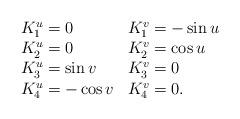
LaTeX: \begin{align*}\begin{array}{l l }K_{1}^{u}= 0 &K_{1}^{v}=-\sin u \\ K_{2}^{u}=0 &K_{2}^{v}=\cos u \\K_{3}^{u}= \sin v &K_{3}^{v}=0 \\K_{4}^{u}= -\cos v & K_{4}^{v}=0 . \\\end{array}\end{align*}